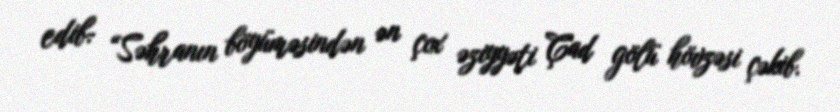
edib: “Səhranın böyüməsindən ən çox əziyyəti Çad gölü hövzəsi çəkib.